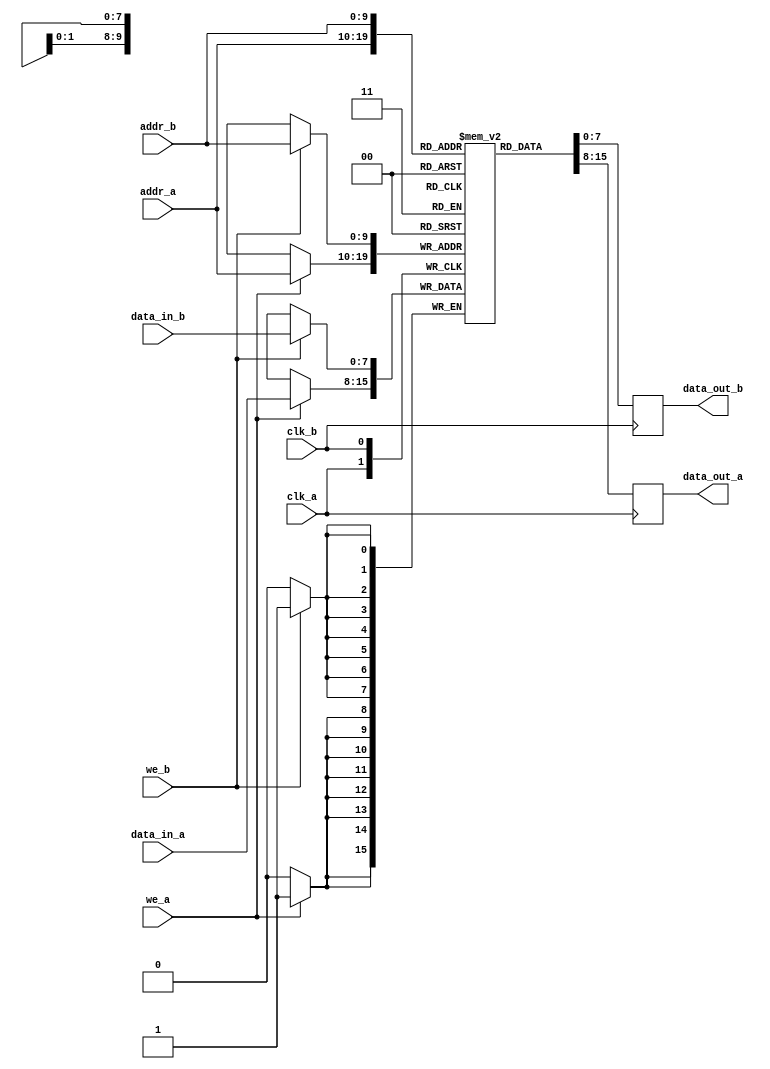
module dual_port_sram #(
    parameter ADDR_WIDTH = 10, // Address Width
    parameter DATA_WIDTH = 8    // Data Width
)(
    input wire clk_a,           // Clock for Port A
    input wire clk_b,           // Clock for Port B
    input wire we_a,            // Write Enable for Port A
    input wire we_b,            // Write Enable for Port B
    input wire [ADDR_WIDTH-1:0] addr_a, // Address for Port A
    input wire [ADDR_WIDTH-1:0] addr_b, // Address for Port B
    input wire [DATA_WIDTH-1:0] data_in_a, // Data Input for Port A
    input wire [DATA_WIDTH-1:0] data_in_b, // Data Input for Port B
    output reg [DATA_WIDTH-1:0] data_out_a, // Data Output for Port A
    output reg [DATA_WIDTH-1:0] data_out_b  // Data Output for Port B
);

    // Memory array
    reg [DATA_WIDTH-1:0] memory [(2**ADDR_WIDTH)-1:0];

    // Port A logic
    always @(posedge clk_a) begin
        if (we_a) begin
            // Write operation
            memory[addr_a] <= data_in_a;
        end
        // Read operation
        data_out_a <= memory[addr_a];
    end

    // Port B logic
    always @(posedge clk_b) begin
        if (we_b) begin
            // Write operation
            memory[addr_b] <= data_in_b;
        end
        // Read operation
        data_out_b <= memory[addr_b];
    end

endmodule